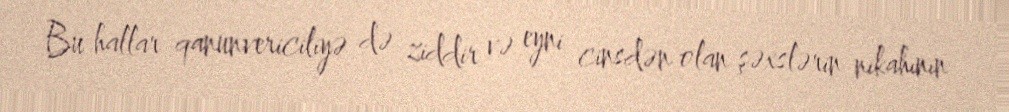
Bu hallar qanunvericiliyə də ziddir və eyni cinsdən olan şəxslərin nikahının